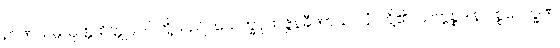
ဉာဏသမ္ပယုတ္တ စိတ္တုပ္ပါဒါ၊ တို့သည်။ သေက္ခပုထုဇ္ဇနခီဏာသဝါနံ၊ တို့၏။ သက္ကစ္စဒါန ပစ္စဝေက္ခဏ